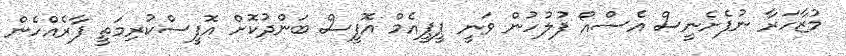
މުޒާހަރާ ނުފެށެނީސް އެސްއޯ ފުލުހުން ވަނީ ޕީޕީއެމް އޮފީސް ބަންދުކޮށް އޮފީސްކުރިމަތީ ފާރެއްހެން